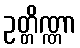
ဥတ္တိဏ္ဏာ